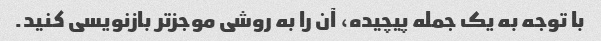
با توجه به یک جمله پیچیده، آن را به روشی موجزتر بازنویسی کنید.